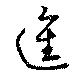
進